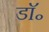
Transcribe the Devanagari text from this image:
डाॅ॰